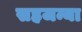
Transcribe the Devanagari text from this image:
सहजन्या